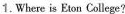
1. Where is Eaon College?